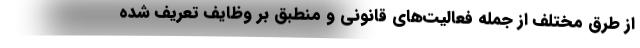
از طرق مختلف از جمله فعالیت‌های قانونی و منطبق بر وظایف تعریف شده